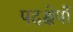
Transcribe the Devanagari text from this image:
पदक्षेपों